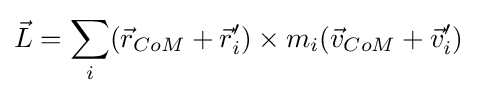
{\vec {L}}=\sum \limits _{i}({\vec {r}}_{CoM}+{\vec {r}}'_{i})\times m_{i}({\vec {v}}_{CoM}+{\vec {v}}'_{i})